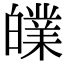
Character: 𤾧